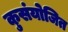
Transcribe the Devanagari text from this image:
कुसंयोजित